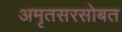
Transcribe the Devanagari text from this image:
अमृतसरसोबत